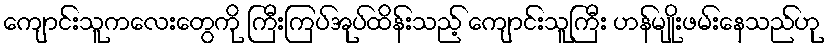
ကျောင်းသူကလေးတွေကို ကြီးကြပ်အုပ်ထိန်းသည့် ကျောင်းသူကြီး ဟန်မျိုးဖမ်းနေသည်ဟု